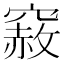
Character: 𥨅